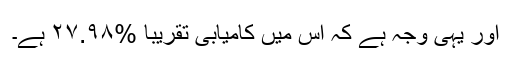
اور یہی وجہ ہے کہ اس میں کامیابی تقریباً %٢٧.٩٨ ہے۔